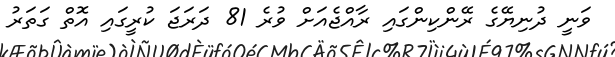
ވަނީ ދުނިޔޭގެ ރޭންކިންގައި ރާއްޖެއަށް ވުރެ 81 ދަރަޖަ ކުރީގައި އޮތް ގަތަރު